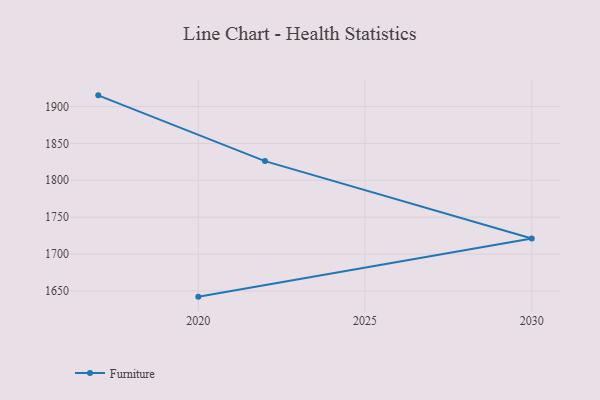
{"axis": {"x": "Year", "y": "Demand Index"}, "legend": ["Furniture"], "data": [{"x": "2020", "y": 1642.2, "type": "Furniture"}, {"x": "2030", "y": 1721.0, "type": "Furniture"}, {"x": "2022", "y": 1826.0, "type": "Furniture"}, {"x": "2017", "y": 1915.2, "type": "Furniture"}]}